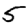
Digit: 5